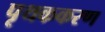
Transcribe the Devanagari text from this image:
पृथककरण